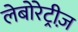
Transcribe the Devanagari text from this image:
लेबोरेट्रीज़